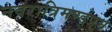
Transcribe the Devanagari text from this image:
नवरात्रिमण्डपम